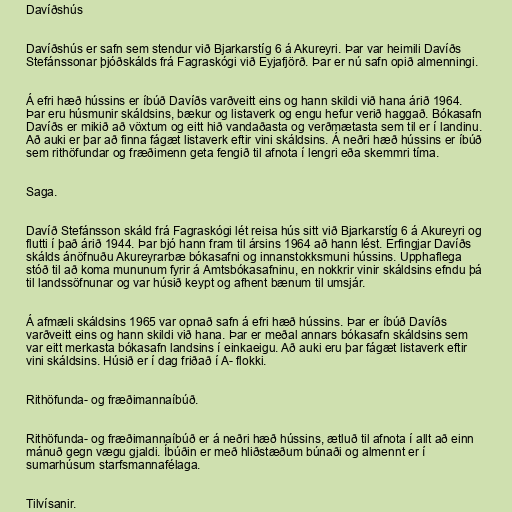
Davíðshús

Davíðshús er safn sem stendur við Bjarkarstíg 6 á Akureyri. Þar var heimili Davíðs
Stefánssonar þjóðskálds frá Fagraskógi við Eyjafjörð. Þar er nú safn opið almenningi.

Á efri hæð hússins er íbúð Davíðs varðveitt eins og hann skildi við hana árið 1964.
Þar eru húsmunir skáldsins, bækur og listaverk og engu hefur verið haggað. Bókasafn
Davíðs er mikið að vöxtum og eitt hið vandaðasta og verðmætasta sem til er í landinu.
Að auki er þar að finna fágæt listaverk eftir vini skáldsins. Á neðri hæð hússins er íbúð
sem rithöfundar og fræðimenn geta fengið til afnota í lengri eða skemmri tíma.

Saga.

Davíð Stefánsson skáld frá Fagraskógi lét reisa hús sitt við Bjarkarstíg 6 á Akureyri og
flutti í það árið 1944. Þar bjó hann fram til ársins 1964 að hann lést. Erfingjar Davíðs
skálds ánöfnuðu Akureyrarbæ bókasafni og innanstokksmuni hússins. Upphaflega
stóð til að koma mununum fyrir á Amtsbókasafninu, en nokkrir vinir skáldsins efndu þá
til landssöfnunar og var húsið keypt og afhent bænum til umsjár.

Á afmæli skáldsins 1965 var opnað safn á efri hæð hússins. Þar er íbúð Davíðs
varðveitt eins og hann skildi við hana. Þar er meðal annars bókasafn skáldsins sem
var eitt merkasta bókasafn landsins í einkaeigu. Að auki eru þar fágæt listaverk eftir
vini skáldsins. Húsið er í dag friðað í A- flokki.

Rithöfunda- og fræðimannaíbúð.

Rithöfunda- og fræðimannaíbúð er á neðri hæð hússins, ætluð til afnota í allt að einn
mánuð gegn vægu gjaldi. Íbúðin er með hliðstæðum búnaði og almennt er í
sumarhúsum starfsmannafélaga.

Tilvísanir.